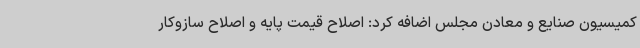
کمیسیون صنایع و معادن مجلس اضافه کرد: اصلاح قیمت پایه و اصلاح سازوکار